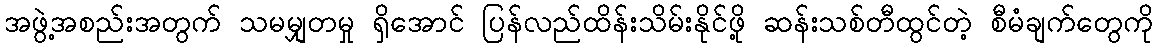
အဖွဲ့အစည်းအတွက် သမမျှတမှု ရှိအောင် ပြန်လည်ထိန်းသိမ်းနိုင်ဖို့ ဆန်းသစ်တီထွင်တဲ့ စီမံချက်တွေကို